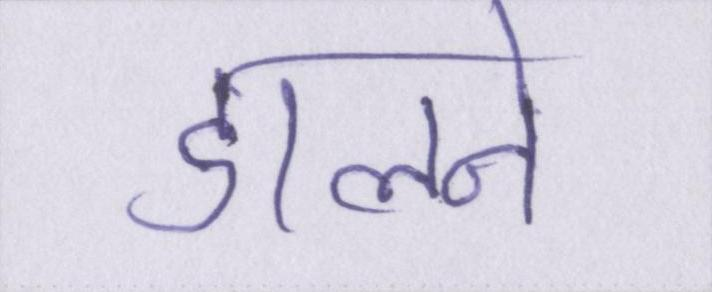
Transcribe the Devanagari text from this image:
डालने